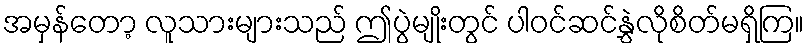
အမှန်တော့ လူသားများသည် ဤပွဲမျိုးတွင် ပါဝင်ဆင်နွှဲလိုစိတ်မရှိကြ။